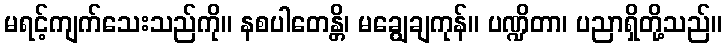
မရင့်ကျက်သေးသည်ကို။ နစပါတေန္တိ၊ မချွေချကုန်။ ပဏ္ဍိတာ၊ ပညာရှိတို့သည်။